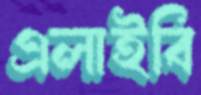
এলাইবি